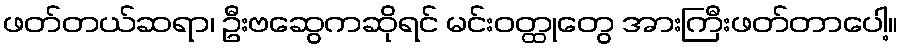
ဖတ်တယ်ဆရာ၊ ဦးဗဆွေကဆိုရင် မင်းဝတ္ထုတွေ အားကြီးဖတ်တာပေါ့။